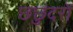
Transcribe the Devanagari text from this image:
छछुंदरों